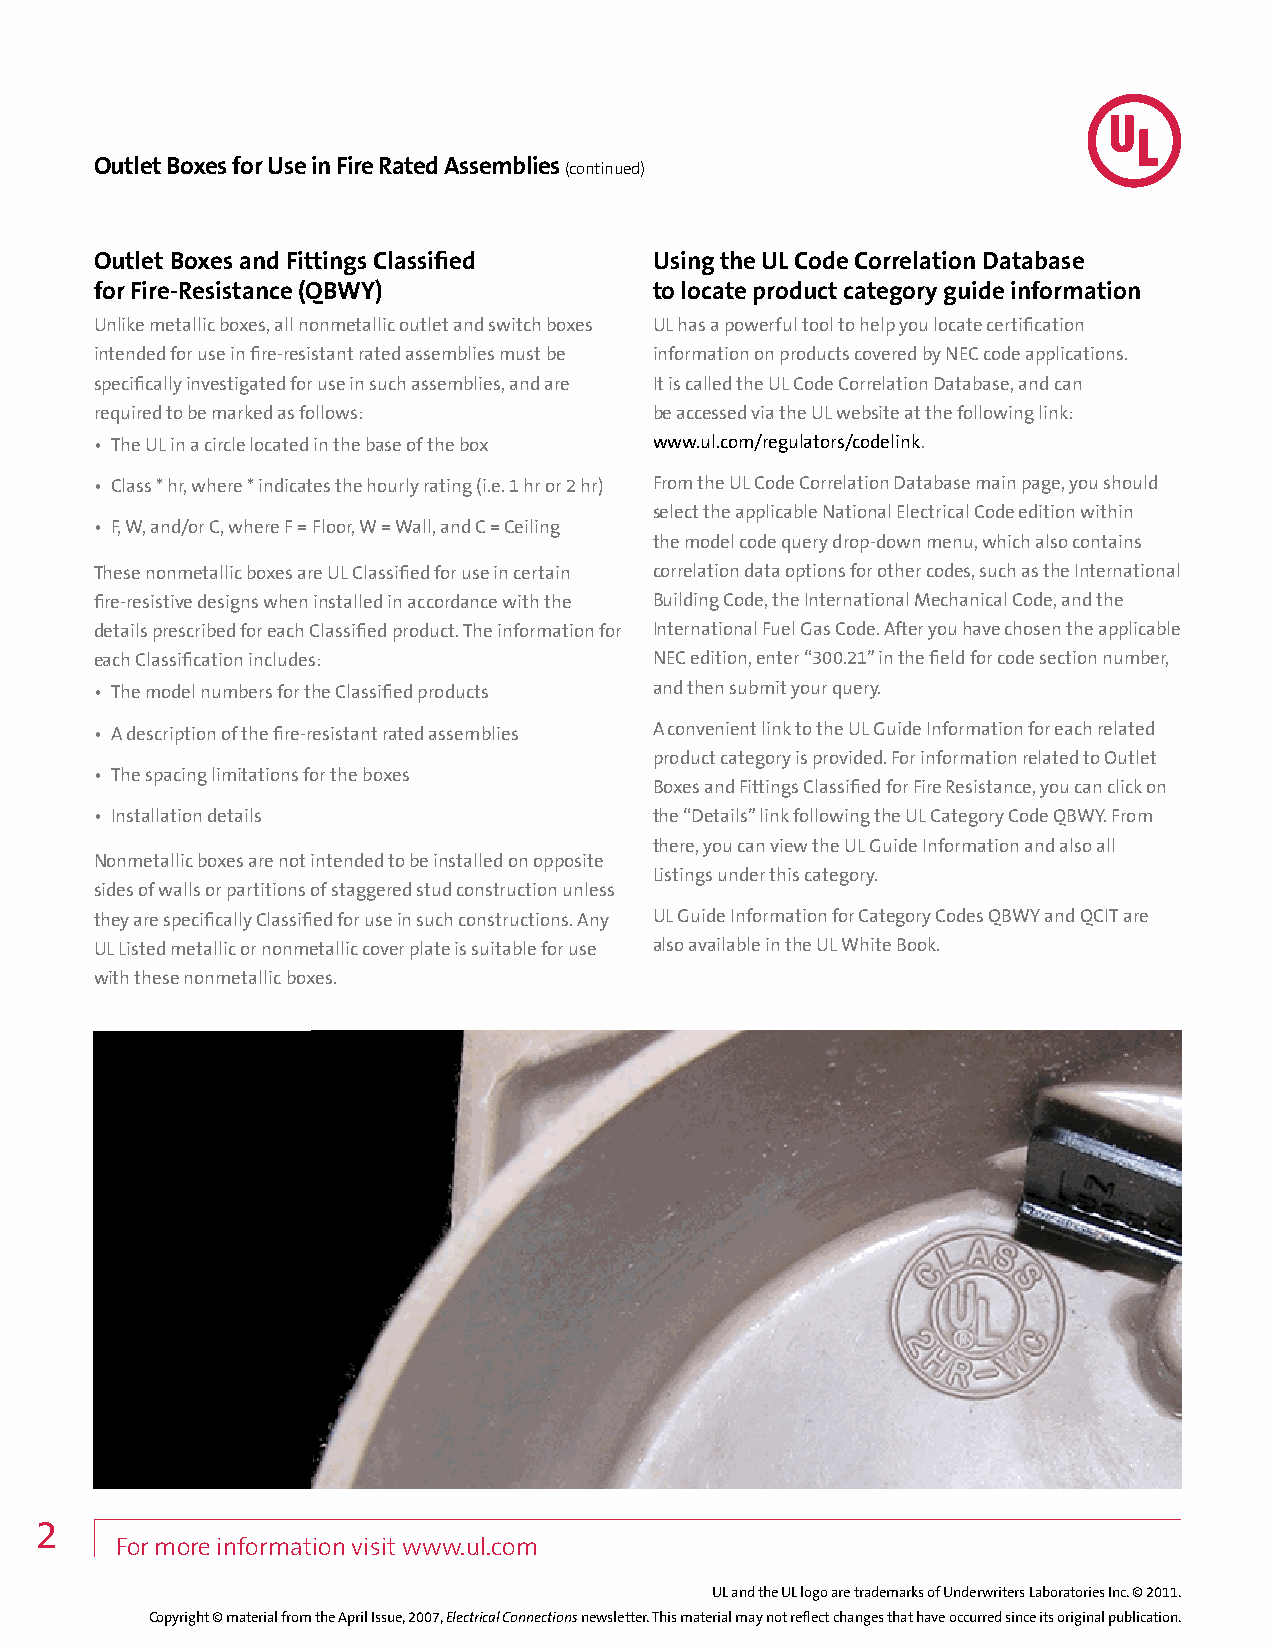
Outlet Boxes for Use in Fire Rated Assemblies
 (continued)
 Outlet Boxes and Fittings Classified Using the UL Code Correlation Database
 for Fire-Resistance (QBWY)           to locate product category guide information
 Unlike metallic boxes, all nonmetallic outlet and switch boxes UL has a powerful tool to help you locate certification
 intended for use in fire-resistant rated assemblies must be information on products covered by NEC code applications.
 specifically investigated for use in such assemblies, and are It is called the UL Code Correlation Database, and can
 required to be marked as follows:    be accessed via the UL website at the following link:
 • The UL in a circle located in the base of the box www.ul.com/regulators/codelink.
 • Class * hr, where * indicates the hourly rating (i.e. 1 hr or 2 hr) From the UL Code Correlation Database main page, you should
 select the applicable National Electrical Code edition within
 • F, W, and/or C, where F = Floor, W = Wall, and C = Ceiling
 the model code query drop-down menu, which also contains
 These nonmetallic boxes are UL Classified for use in certain correlation data options for other codes, such as the International
 fire-resistive designs when installed in accordance with the Building Code, the International Mechanical Code, and the
 details prescribed for each Classified product. The information for International Fuel Gas Code. After you have chosen the applicable
 each Classification includes:        NEC edition, enter “300.21” in the field for code section number,
 • The model numbers for the Classified products and then submit your query.
 • A description of the fire-resistant rated assemblies A convenient link to the UL Guide Information for each related
 product category is provided. For information related to Outlet
 • The spacing limitations for the boxes
 Boxes and Fittings Classified for Fire Resistance, you can click on
 • Installation details               the “Details” link following the UL Category Code QBWY. From
 there, you can view the UL Guide Information and also all
 Nonmetallic boxes are not intended to be installed on opposite
 Listings under this category.
 sides of walls or partitions of staggered stud construction unless
 they are specifically Classified for use in such constructions. Any UL Guide Information for Category Codes QBWY and QCIT are
 UL Listed metallic or nonmetallic cover plate is suitable for use also available in the UL White Book.
 with these nonmetallic boxes.
 2
 For more information visit www.ul.com
 UL and the UL logo are trademarks of Underwriters Laboratories Inc. © 2011.
 Copyright © material from the April Issue, 2007, Electrical Connections newsletter. This material may not reflect changes that have occurred since its original publication.